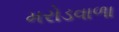
મરોડવાળા